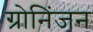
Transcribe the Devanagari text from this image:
ग्रोनिंजन